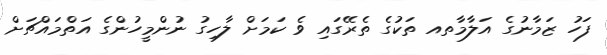
ފަހު ޒަމާނުގެ އަލާމާތއ ތަކުގެ ތެރޭގައި ވެ ކަމަށް ލާހިގު ނުންމީހުންގެ އަތްމައްޗަށް